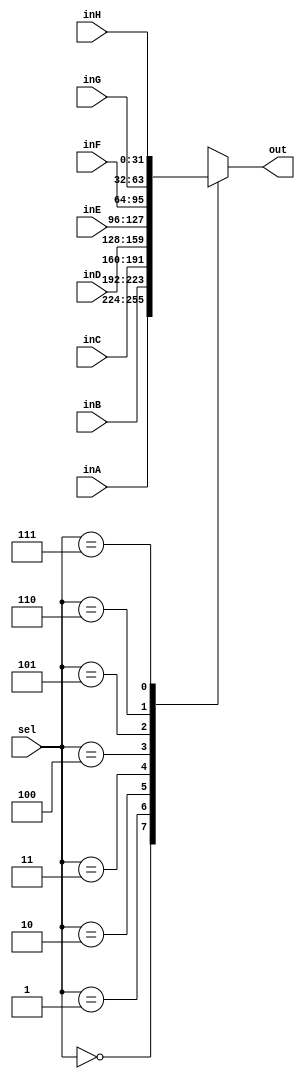
module mux_8to1_32bit(out, inA, inB, inC, inD,inE,inF,inG,inH, sel);

    output  [31:0] out;
    
    input   [31:0] inA,inB, inC, inD,inE,inF,inG,inH;
    input   [2:0]  sel;
	reg [31:0]out;
    /* Fill in the implementation here ... */ 
	 always@(inA,inB,inC, inD,inE,inF,inG,inH,sel)
	 begin
		case (sel) 
			0:
				out <= inA;
			1:
				out <= inB;
			2:
				out <= inC;
			3:
				out <= inD;
			4:
				out <= inE;
			5:
				out <= inF;
			6:
				out <= inG;
			7:
				out <= inH;
		endcase
	 end
	 

endmodule